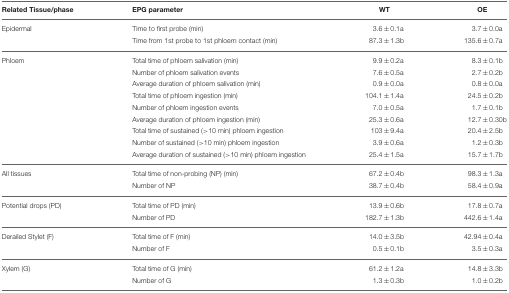
<table><thead><tr><td><b>Related Tissue/phase</b></td><td><b>EPG parameter</b></td><td><b>WT</b></td><td><b>OE</b></td></tr></thead><tbody><tr><td>Epidermal</td><td>Time to first probe (min)</td><td>3.6±0.1a</td><td>3.7±0.0a</td></tr><tr><td></td><td>Time from 1st probe to 1st phloem contact (min)</td><td>87.3±1.3b</td><td>135.6±0.7a</td></tr><tr><td>Phloem</td><td>Total time of phloem salivation (min)</td><td>9.9±0.2a</td><td>8.3±0.1b</td></tr><tr><td></td><td>Number of phloem salivation events</td><td>7.6±0.5a</td><td>2.7±0.2b</td></tr><tr><td></td><td>Average duration of phloem salivation (min)</td><td>0.9±0.0a</td><td>0.8±0.0a</td></tr><tr><td></td><td>Total time of phloem ingestion (min)</td><td>104.1±1.4a</td><td>24.5±0.2b</td></tr><tr><td></td><td>Number of phloem ingestion events</td><td>7.0±0.5a</td><td>1.7±0.1b</td></tr><tr><td></td><td>Average duration of phloem ingestion (min)</td><td>25.3±0.6a</td><td>12.7±0.30b</td></tr><tr><td></td><td>Total time of sustained (&gt;10 min) phloem ingestion</td><td>103±9.4a</td><td>20.4±2.5b</td></tr><tr><td></td><td>Number of sustained (&gt;10 min) phloem ingestion</td><td>3.9±0.6a</td><td>1.2±0.3b</td></tr><tr><td></td><td>Average duration of sustained (&gt;10 min) phloem ingestion</td><td>25.4±1.5a</td><td>15.7±1.7b</td></tr><tr><td>All tissues</td><td>Total time of non-probing (NP) (min)</td><td>67.2±0.4b</td><td>98.3±1.3a</td></tr><tr><td></td><td>Number of NP</td><td>38.7±0.4b</td><td>58.4±0.9a</td></tr><tr><td>Potential drops (PD)</td><td>Total time of PD (min)</td><td>13.9±0.6b</td><td>17.8±0.7a</td></tr><tr><td></td><td>Number of PD</td><td>182.7±1.3b</td><td>442.6±1.4a</td></tr><tr><td>Derailed Stylet (F)</td><td>Total time of F (min)</td><td>14.0±3.5b</td><td>42.94±0.4a</td></tr><tr><td></td><td>Number of F</td><td>0.5±0.1b</td><td>3.5±0.3a</td></tr><tr><td>Xylem (G)</td><td>Total time of G (min)</td><td>61.2±1.2a</td><td>14.8±3.3b</td></tr><tr><td></td><td>Number of G</td><td>1.3±0.3b</td><td>1.0±0.2b</td></tr></tbody></table>